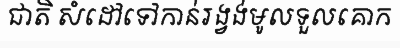
ជាតិ សំដៅទៅកាន់រង្វង់មូលទួលគោក